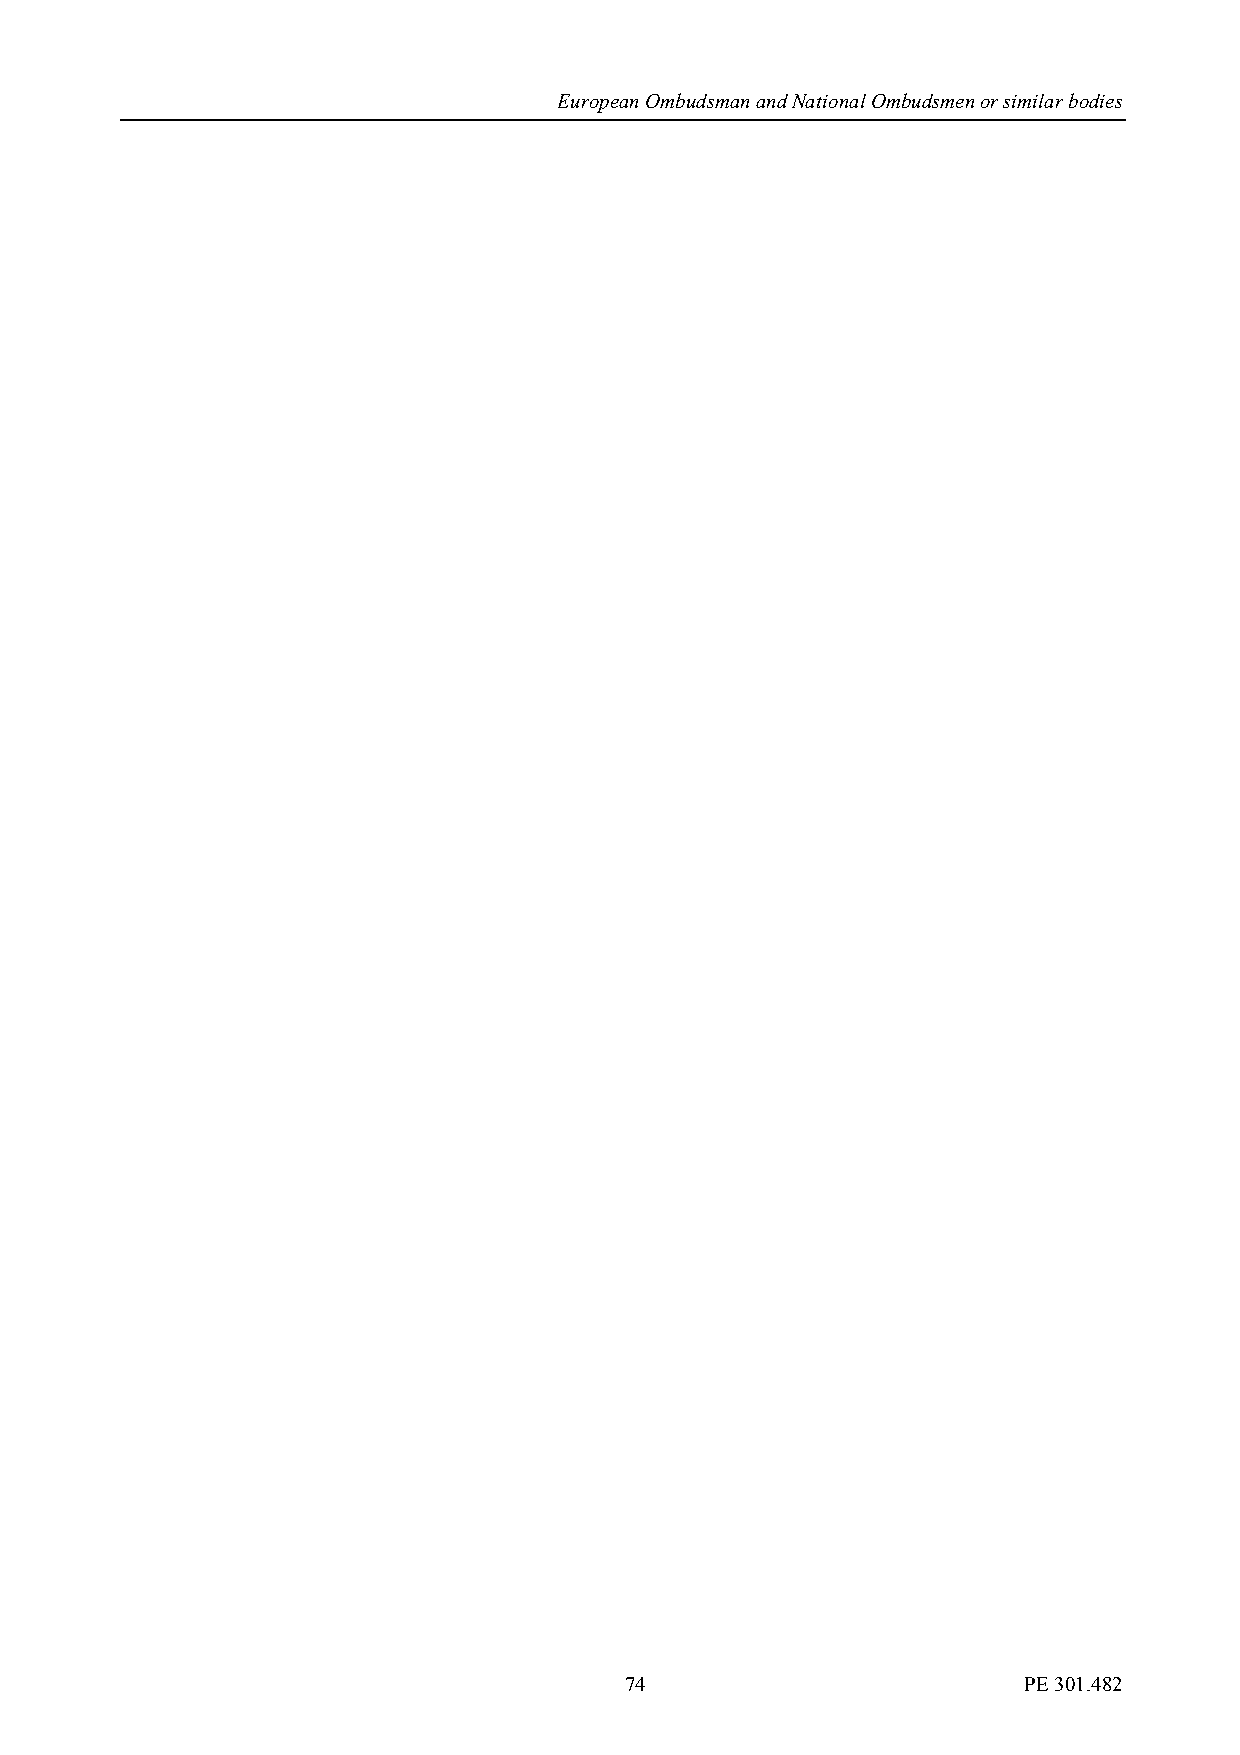
European Ombudsman and National Ombudsmen or similar bodies
 74                         PE 301.482